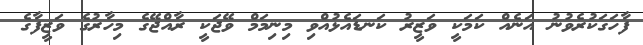
ފާހަގަކުރެވުނު އަނެއް ކަމަކީ ވަޒީރު ކަނޑައެޅުއްވި މިނިމަމް ވޭޖަކީ ރާއްޖޭގެ މިހާރުގެ ވަޒީފާގެ